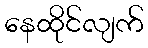
နေထိုင်လျက်